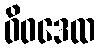
ဝိဝဒေထ